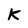
Character: K